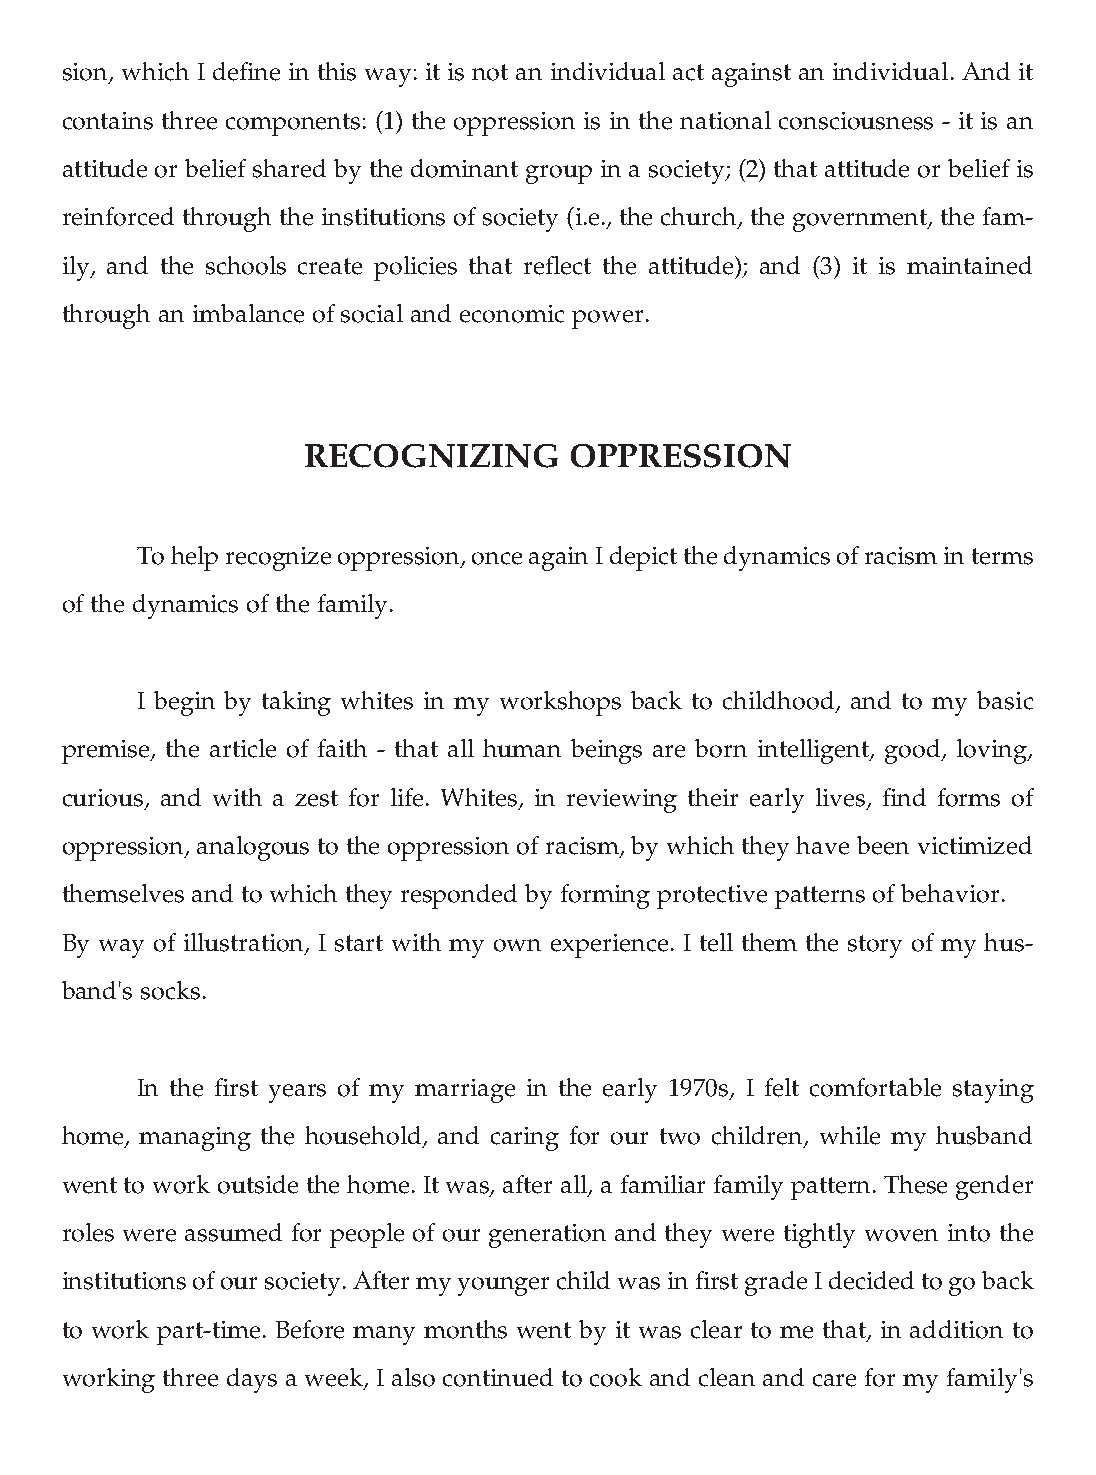
sion, which I define in this way: it is not an individual act against an individual. And it
 contains three components: (1) the oppression is in the national consciousness - it is an
 attitude or belief shared by the dominant group in a society; (2) that attitude or belief is
 reinforced through the institutions of society (i.e., the church, the government, the fam-
 ily, and the schools create policies that reflect the attitude); and (3) it is maintained
 through an imbalance of social and economic power.
 RECOGNIZING       OPPRESSION
 To help recognize oppression, once again I depict the dynamics of racism in terms
 of the dynamics of the family.
 I begin by taking whites in my workshops back to childhood, and to my basic
 premise, the article of faith - that all human beings are born intelligent, good, loving,
 curious, and with a zest for life. Whites, in reviewing their early lives, find forms of
 oppression, analogous to the oppression of racism, by which they have been victimized
 themselves and to which they responded by forming protective patterns of behavior.
 By way of illustration, I start with my own experience. I tell them the story of my hus-
 band's socks.
 In the first years of my marriage in the early 1970s, I felt comfortable staying
 home, managing the household, and caring for our two children, while my husband
 went to work outside the home. It was, after all, a familiar family pattern. These gender
 roles were assumed for people of our generation and they were tightly woven into the
 institutions of our society. After my younger child was in first grade I decided to go back
 to work part-time. Before many months went by it was clear to me that, in addition to
 working three days a week, I also continued to cook and clean and care for my family's